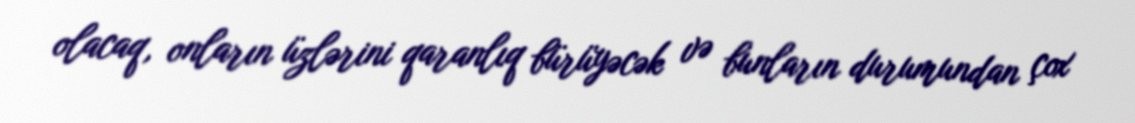
olacaq, onların üzlərini qaranlıq bürüyəcək və bunların durumundan çox